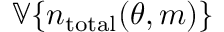
\mathbb { V } \{ n _ { \mathrm { t o t a l } } ( \theta , m ) \}